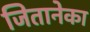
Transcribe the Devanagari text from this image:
जितानेका